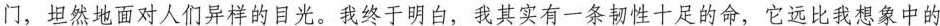
门，坦然地面对人们异样的目光。我终于明白，我其实有一条韧性十足的命，它远比我想象中的